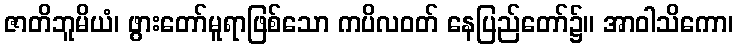
ဇာတိဘူမိယံ၊ ဖွားတော်မူရာဖြစ်သော ကပိလဝတ် နေပြည်တော်၌။ အာဝါသိကော၊